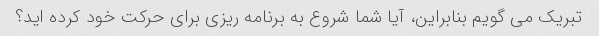
تبریک می گویم بنابراین، آیا شما شروع به برنامه ریزی برای حرکت خود کرده اید؟